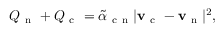
Q _ { \mathrm { ~ n ~ } } + Q _ { \mathrm { ~ c ~ } } = \tilde { \alpha } _ { \mathrm { ~ c ~ n ~ } } | \mathbf { v } _ { \mathrm { ~ c ~ } } - \mathbf { v } _ { \mathrm { ~ n ~ } } | ^ { 2 } ,